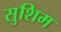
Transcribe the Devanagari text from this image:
सुशिम